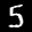
Label: 5